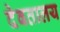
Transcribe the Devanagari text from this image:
देवतालय